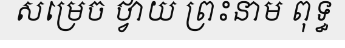
សម្រេច ថ្វាយ ព្រះនាម ពុទ្ធ